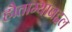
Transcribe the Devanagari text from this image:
हौताम्याबद्दल